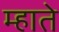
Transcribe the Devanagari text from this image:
म्हाते